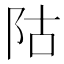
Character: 𱀆